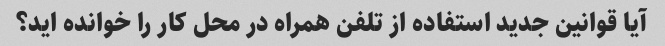
آیا قوانین جدید استفاده از تلفن همراه در محل کار را خوانده اید؟